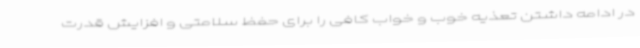
در ادامه داشتن تعذیه خوب و خواب کافی را برای حفظ سلامتی و افزایش قدرت